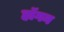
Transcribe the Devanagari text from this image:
हाॅगन